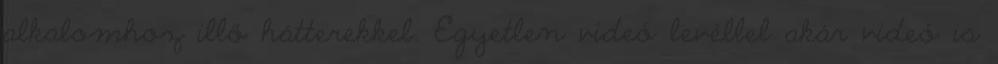
alkalomhoz illő hátterekkel. Egyetlen videó levéllel akár videó is